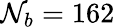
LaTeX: \mathcal{N}_{b}=162